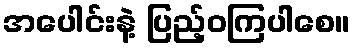
အပေါင်းနဲ့ ပြည့်ဝကြပါစေ။